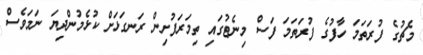
މެޗުގެ ފުރަތަމަ ހާފުގެ ފުރަތަމަ ފަސް މިނެޓުގައި ތިމަރަަފުށިން ރަނގަޅަށް ކުޅެމުންދިޔަ ނަމަވެސް